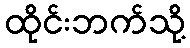
ထိုင်းဘက်သို့